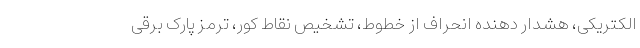
الکتریکی، هشدار دهنده انحراف از خطوط، تشخیص نقاط کور، ترمز پارک برقی